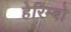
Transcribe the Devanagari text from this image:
हेरिम्बो